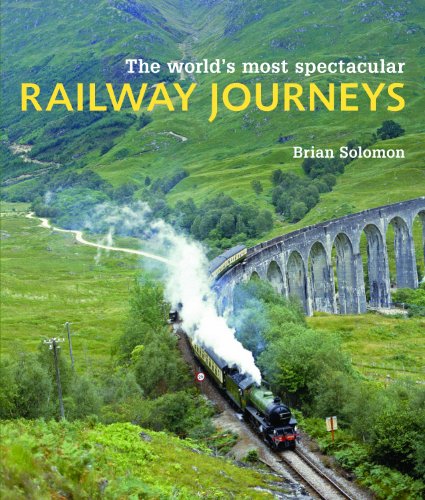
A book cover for The World's Most Spectacular Railway Journeys; Brian Solomon; Arts & Photography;